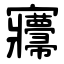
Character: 㝲